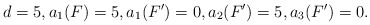
\begin{align*} d = 5, a_1(F) = 5, a_1(F') = 0, a_2(F') = 5, a_3(F') = 0.\end{align*}